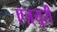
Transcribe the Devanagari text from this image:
एज़्युरी